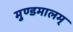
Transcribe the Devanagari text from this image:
मुण्डमालम्